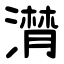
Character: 潸